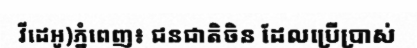
វីដេអូ)ភ្នំពេញ៖ ជនជាតិចិន ដែលប្រើប្រាស់